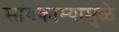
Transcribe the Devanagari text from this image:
सांगकाम्यामुळे